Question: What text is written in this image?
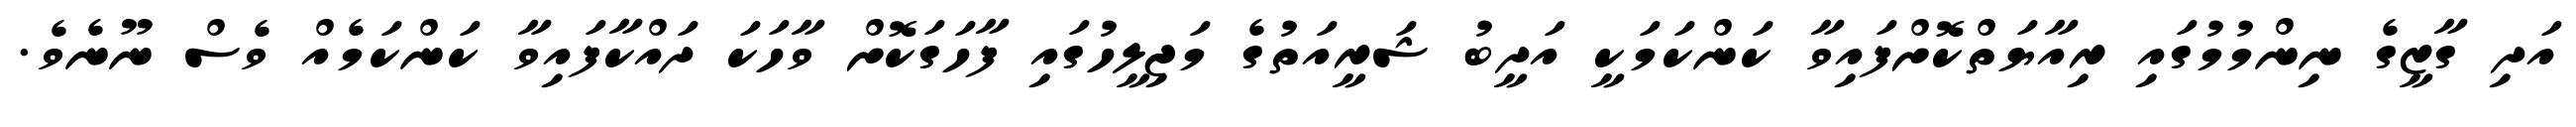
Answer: އަދި ގާޒީގެ ނިންމުމުގައި ރިއާޔަތްކޮށްފައިވާ ކަންކަމަކީ އަދީބު ޝަރީއަތުގެ މަޖިލީހުގައި ފާހަގަކޮށް ވާހަކަ ދައްކާފައިވާ ކަންކަމެއް ވެސް ނޫނެވެ.